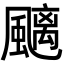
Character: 䬜